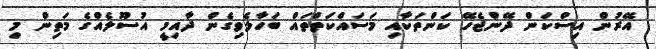
އޭރުން އިސްކަން ދޭންޖެހޭ ކަންތަކާއި މަސައްކަތްތައް ބަހާލެވިގެން ދާއިމީ އުސޫލެއްގެ މަތިން މި